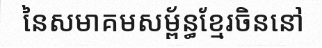
នៃសមាគមសម្ព័ន្ធខ្មែរចិននៅ